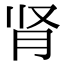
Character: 肾